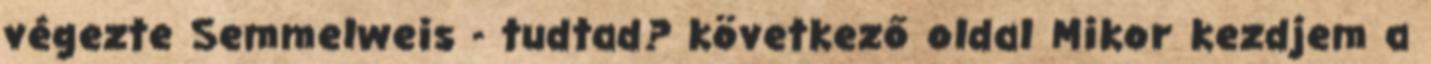
végezte Semmelweis - tudtad? következő oldal Mikor kezdjem a